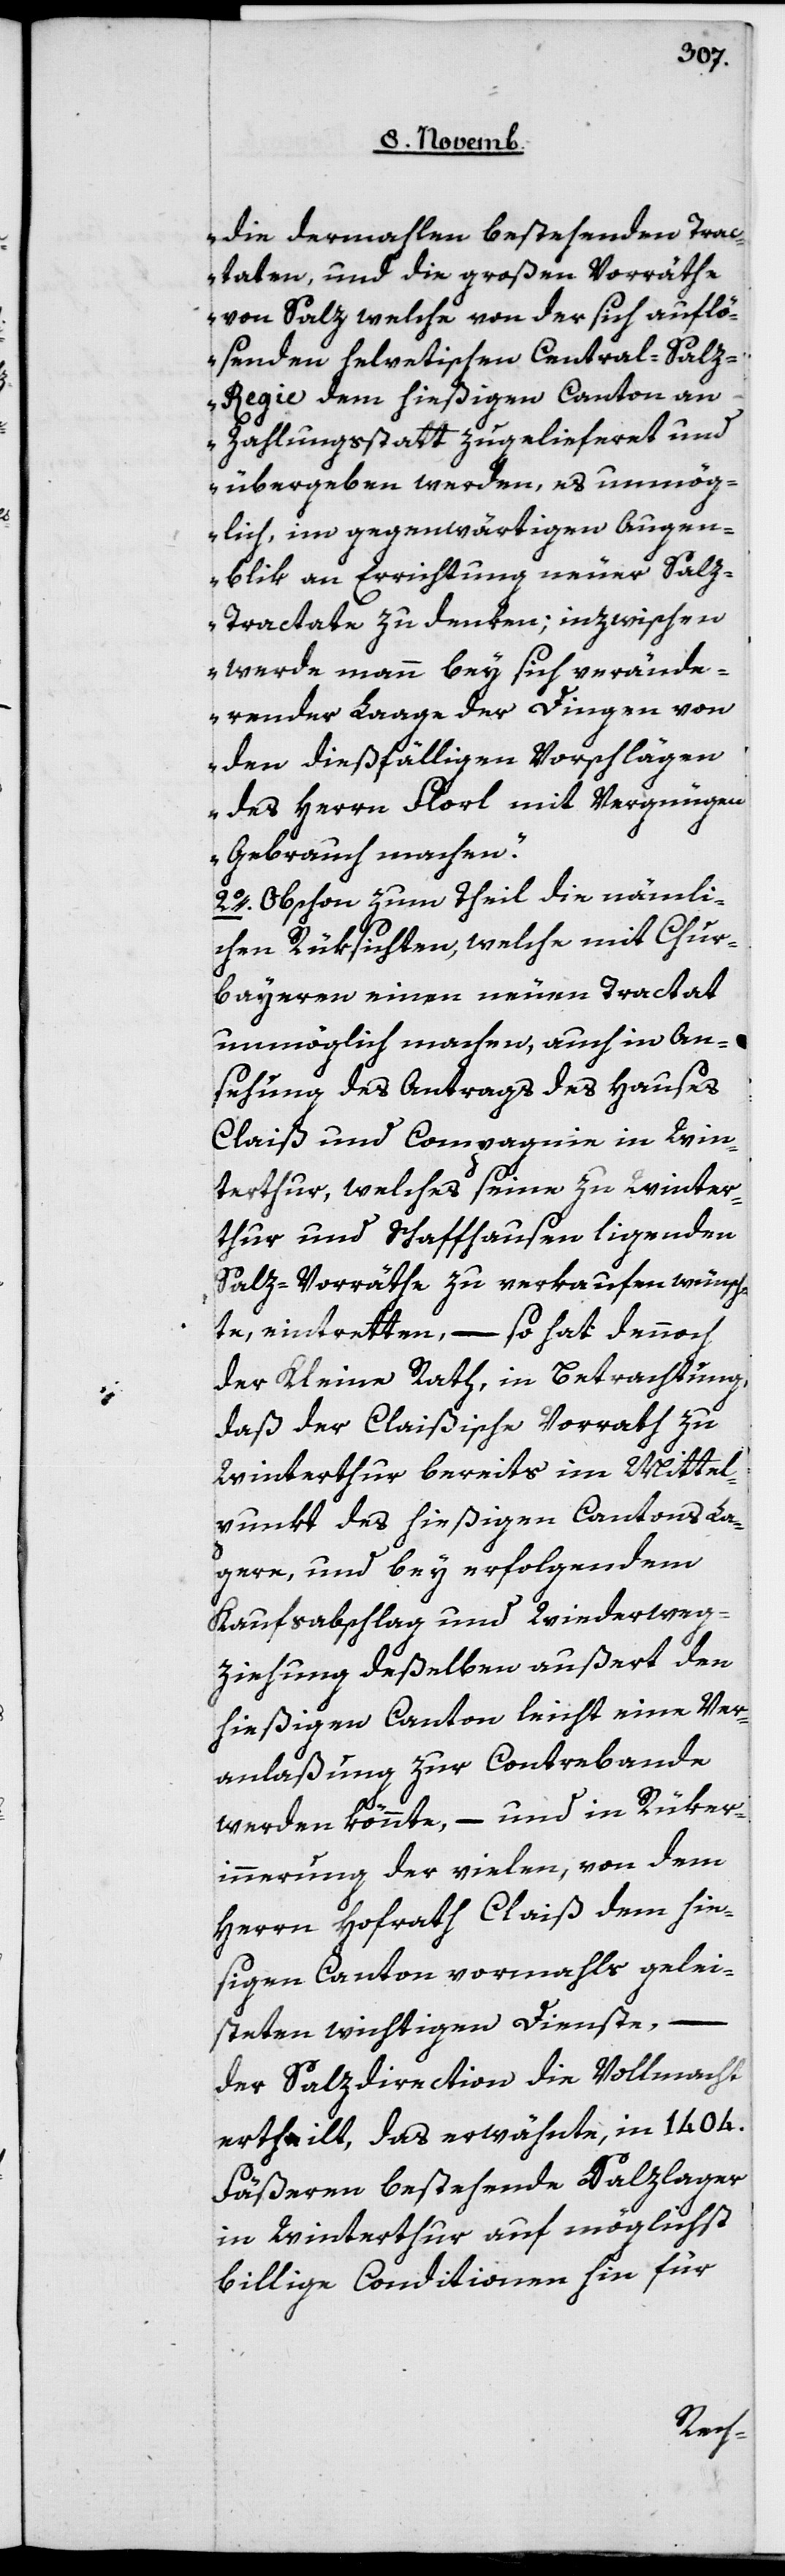
die dermahlen bestehenden Trac¬
taten und die großen Vorräthe
von Salz, welche von der sich auflö¬
senden helvetischen Central-Salz¬
regie dem hießigen Canton an
Zahlungsstatt zugelieferet und
übergeben werden, es unmög¬
lich, im gegenwärtigen Augen¬
blik an Errichtung neuer Sal¬
z-Tractate zu denken; inzwischen
werde man bey sich verände¬
render Lage der Dingen von
den dießfälligen Vorschlägen
des Herrn Florl mit Vergnügen
Gebrauch machen“.
2o Obschon zum Theil die nämli¬
chenRüksichten, welche mit Chur¬
bayeren einen neuen Tractat
unmöglich machen, auch in An¬
sehung des Antrags des Hauses
Claiß Compagnie in Win¬
terthur, welches seine zu Winter¬
thur und Schaffhausen liegenden
Salz-Vorräthe zu verkaufen wünsch¬
te, eintretten, – so hat dennoch
der Kleine Rath, in Betrachtung,
daß der Claißische Vorrath zu
Winterthur bereits im Mittel¬
punkt des hießigen Cantons la¬
gere, und bey verfolgendem
Kaufsabschlag und Wiederweg¬
ziehung deßelben außert den
hießigen Canton leicht eine Ver¬
anlaßung zur Contrebande
werden könnte, – und in Rüker¬
innerung der vielen, von dem
Herrn Hofrat Claiß dem hie¬
sigen Canton vormals gelei¬
steten wichtigen Dienste,
der Salzdirection die Vollmacht
ertheilt, das erwähnte, in 1404
Fäßeren bestehende Salzlager
in Winterthur auf möglichst
billige Conditionen hin für